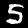
Label: 5